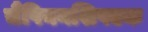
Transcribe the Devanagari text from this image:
चैंपियनशिपएक